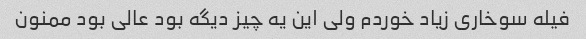
فیله سوخاری زیاد خوردم ولی این یه چیز دیگه بود عالی بود ممنون